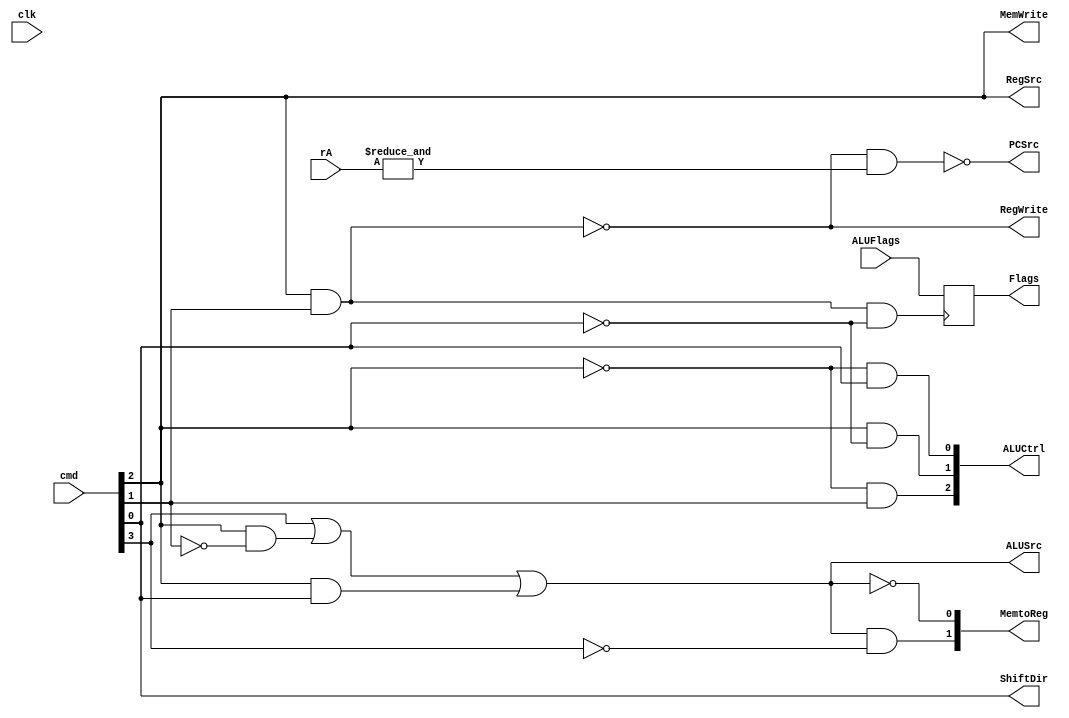
module controller(clk,cmd,rA,ALUFlags,PCSrc,RegSrc,RegWrite,ALUSrc,ShiftDir,MemtoReg,ALUCtrl,MemWrite,Flags);
	input wire clk;
	input wire [3:0] cmd,rA,ALUFlags;
	output wire PCSrc,RegSrc,RegWrite,ALUSrc,ShiftDir,MemWrite;
	output wire [2:0] ALUCtrl;
	output wire [1:0] MemtoReg;
	wire r15,cmp;
	
	output reg [3:0] Flags;
	// CMDs
//	0000 ADD
//	0001 SUB
//	0010 AND
//	0011 ORR
//	0100 LSL
//	0101 LSR
//	0110 CMP
//	0111 STR
//	1000 LDR
	
	assign r15 = &rA;							   // Destination r15?
	assign PCSrc = ~(RegWrite & r15);		   // RegWrite & Dest r15? It's Branch
	assign RegSrc = cmd[2];  					// RegSrc is set in STR,CMP command x for shifts and load
	assign RegWrite = ~(cmd[2]&cmd[1]);		// RegWrite is zero for STR and CMP
	assign ShiftDir = cmd[0];					// 0 for LSL, 1 for LSR, X for anything else
	assign ALUSrc = cmd[3] | (cmd[2]&~cmd[1]) | (cmd[2]&cmd[0]); // Set for Shift and Memory OPs, zero for others
																					 // Mad karnaugh map skillz!
	assign MemtoReg[0] = ~ALUSrc;				// 01 for ALU, 10 for Shifter, 00 for DataMem; as source to registers
	assign MemtoReg[1] = ALUSrc&~cmd[3];
	
	assign MemWrite = RegSrc;
	
	assign ALUCtrl[0] = ~cmd[2] & cmd[0];
	assign ALUCtrl[1] = cmd[2]&~cmd[0];
	assign ALUCtrl[2] = ~cmd[2] & cmd[1];
	
	assign cmp = cmd[2]&cmd[1]&~cmd[0]; 
	
	always @(negedge cmp)
		begin
		Flags[3:0] = ALUFlags[3:0];
		end
endmodule